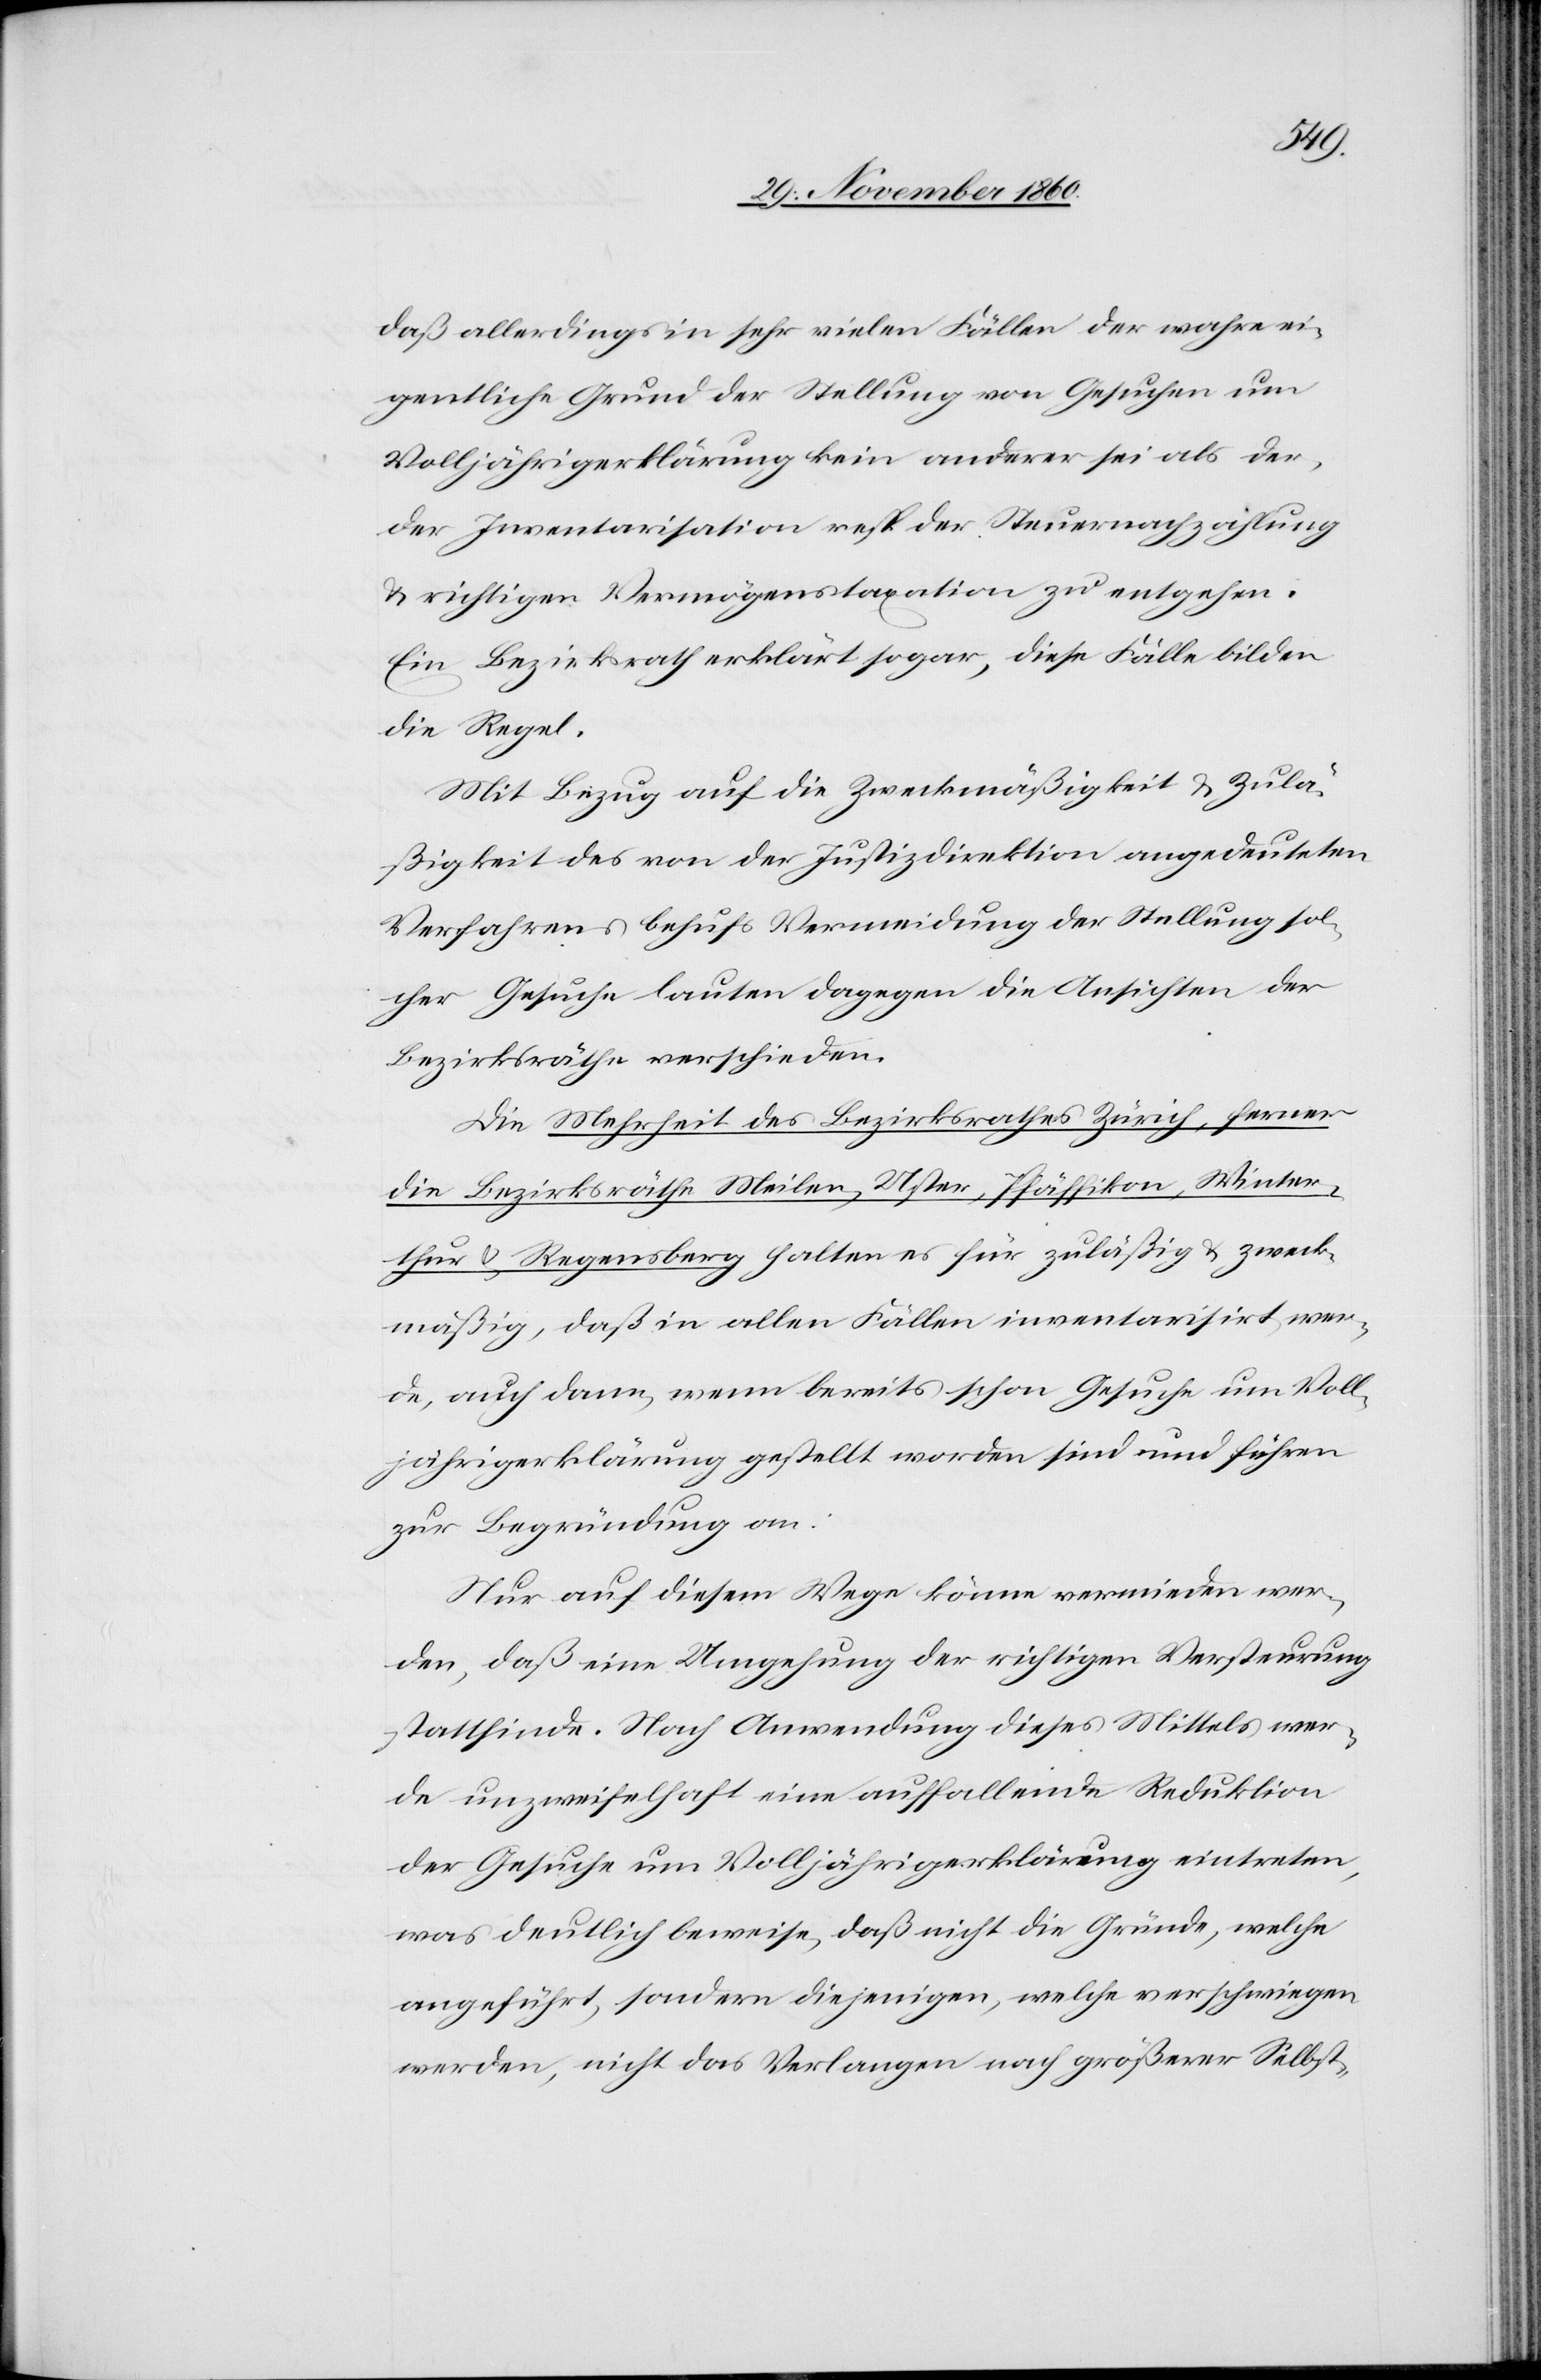
daß allerdings in sehr vielen Fällen der wahre ei¬
gentliche Grund der Stellung von Gesuchen um
Volljährigkeitserklärung kein anderer sei als der,
der Inventarisation resp. der Steuernachzahlung
u. richtigen Vermögenstaxation zu entgehen.
Ein Bezirksrath erklärt sogar, diese Fälle bilden
die Regel.
Mit Bezug auf die Zweckmäßigkeit u. Zulä¬
ßigkeit des von der Justizdirektion angedeuteten
Verfahren behufs Vermeidung der Stellung sol¬
cher Gesuche lauten dagegen die Ansichten der
Bezirksräthe verschieden.
Die Mehrheit des Bezirksrathes Zürich, ferner
die Bezirksräthe Meilen, Uster, Pfäffikon, Winter¬
thur u. Regensberg halten es für zuläßig u. zweck¬
mäßig, daß in allen Fällen inventarisirt wer¬
de, auch dann, wenn bereits schon Gesuche um Voll¬
jährigerklärung gestellt worden sind und führen
zur Begründung an:
Nur auf diesem Wege könne vermieden wer¬
den, daß eine Umgehung der richtigen Versteurung
stattfinde. Nach Anwendung dieses Mittels wer¬
de unzweifelhaft eine auffallende Reduktion
der Gesuche um Volljährigkeitserklärung eintreten,
was deutlich beweise, daß nicht die Gründe, welche
angeführt, sondern diejenigen, welche verschwiegen
werden, nicht das Verlangen nach größerer Selbst-